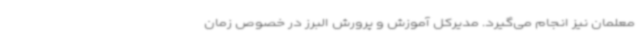
معلمان نیز انجام می‌گیرد. مدیرکل آموزش و پرورش البرز در خصوص زمان